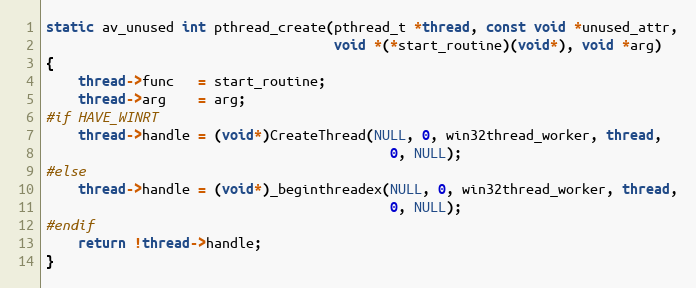
Language: C
static av_unused int pthread_create(pthread_t *thread, const void *unused_attr,
                                    void *(*start_routine)(void*), void *arg)
{
    thread->func   = start_routine;
    thread->arg    = arg;
#if HAVE_WINRT
    thread->handle = (void*)CreateThread(NULL, 0, win32thread_worker, thread,
                                           0, NULL);
#else
    thread->handle = (void*)_beginthreadex(NULL, 0, win32thread_worker, thread,
                                           0, NULL);
#endif
    return !thread->handle;
}